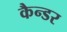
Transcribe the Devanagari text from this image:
कैन्डर